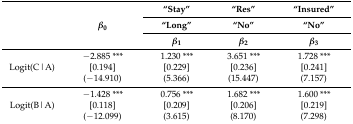
| <ROWSPAN=3>  | <ROWSPAN=3> β0 | “Stay” | “Res” | “Insured” |
 | “Long” | “No” | “No” |
 | β1 | β2 | β3 |
 | --- | --- | --- | --- | --- |
 | Logit(C|A) | −2.885 *** [0.194](−14.910) | 1.230 *** [0.229] (5.366) | 3.651 ***[0.236] (15.447) | 1.728 ***[0.241](7.157) |
 | Logit(B|A) | −1.428 *** [0.118] (−12.099) | 0.756 *** [0.209] (3.615) | 1.682 ***[0.206](8.170) | 1.600 ***[0.219](7.298) |